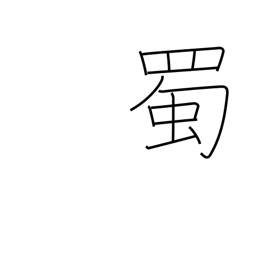
Meaning: green caterpillar